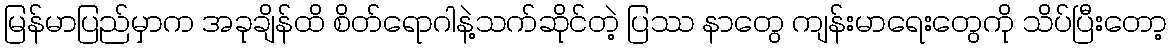
မြန်မာပြည်မှာက အခုချိန်ထိ စိတ်ရောဂါနဲ့သက်ဆိုင်တဲ့ ပြဿ နာတွေ ကျန်းမာရေးတွေကို သိပ်ပြီးတော့